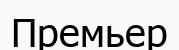
Премьер